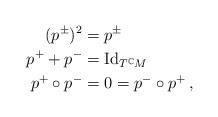
LaTeX: \begin{align*}(p^{\pm})^2&=p^{\pm} \\p^++p^-&=\mathrm{Id}_{T^{\mathbb{C}}M} \\p^+\circ p^-&=0=p^-\circ p^+ \, ,\end{align*}